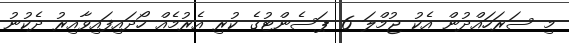
މި ސަރަހައްދުން އެކު ޖުމްލަ 6 ޕަސެންޓުގެ ކުރި އެރުމެއް ހޯދައިފައިވާއިރު ދެކުނު